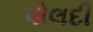
પોલદી